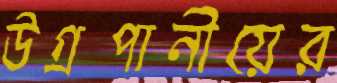
উগ্রপানীয়ের